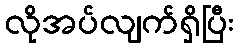
လိုအပ်လျက်ရှိပြီး